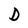
Character: D